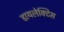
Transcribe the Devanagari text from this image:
डायलेक्टिस